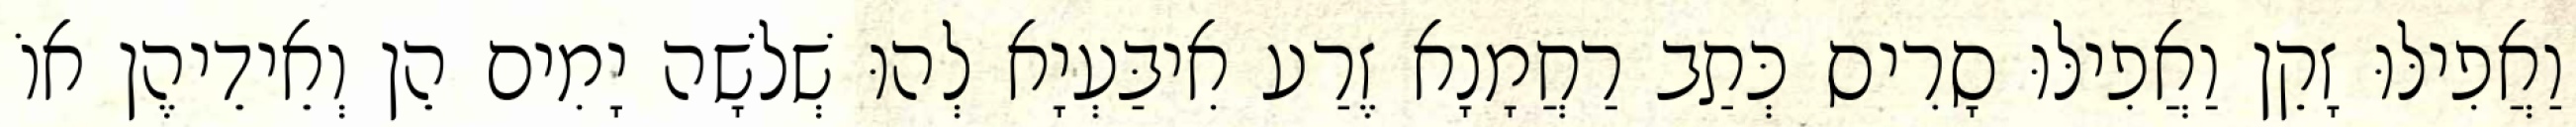
וַאֲפִילּוּ זָקֵן וַאֲפִילּוּ סָרִיס כְּתַב רַחֲמָנָא זֶרַע אִיבַּעְיָא לְהוּ שְׁלֹשָׁה יָמִים הֵן וְאֵידֵיהֶן אוֹ